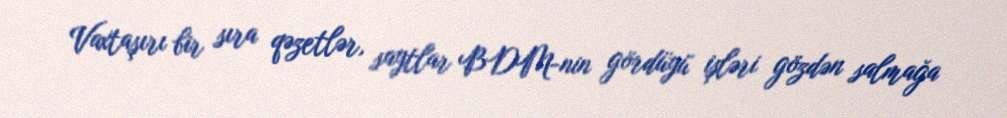
Vaxtaşırı bir sıra qəzetlər, saytlar BDM-nin gördüyü işləri gözdən salmağa